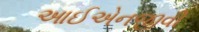
આઈએનજીવી